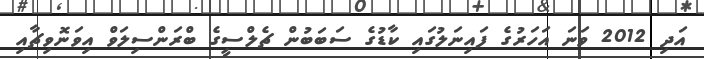
އަދި 2012 ވަނަ އަހަރުގެ ފައިނަލުގައި ކާޑުގެ ސަބަބުން ޗެލްސީގެ ބްރަންސިލަވް އިވަނޮވިޗާއި